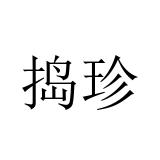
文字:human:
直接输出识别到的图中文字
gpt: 捣珍